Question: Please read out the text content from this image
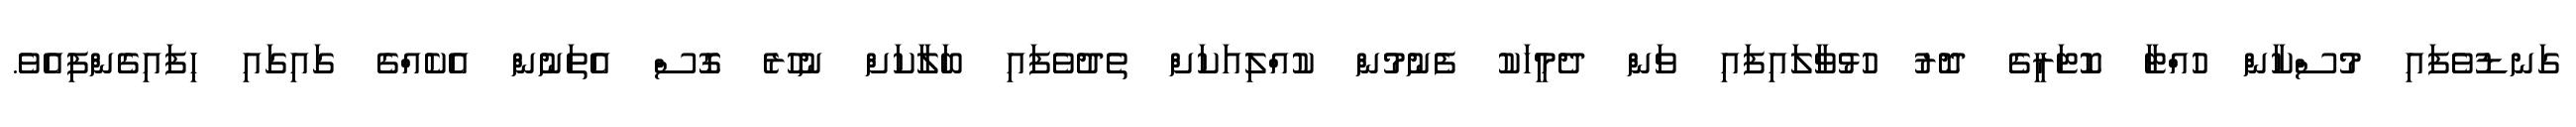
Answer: ގަނޑުވެފައި މުސްކާން ހުއްޓާ ކޮޓަރީގެ ދޮރު ހުޅުވާލައިފައި ވަން ދެމީހަކު ފެނުމުން ކުއްލިއަކަށް ތެދުވެފައި ބަލާކަށް ނުހުރެ ގޮސް އެތަނުން އެކެއްގެ ގައިގައި ހިފައިގެންފިއެވެ.